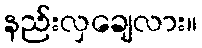
နည်းလှချေလား။